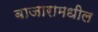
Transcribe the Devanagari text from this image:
बाजारामधील